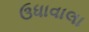
ઉધાવાલા